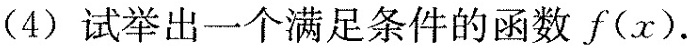
（4）试举出一个满足条件的函数f（x）.